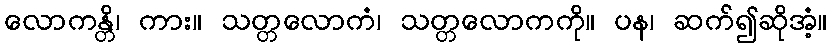
လောကန္တိ၊ ကား။ သတ္တလောကံ၊ သတ္တလောကကို။ ပန၊ ဆက်၍ဆိုအံ့။